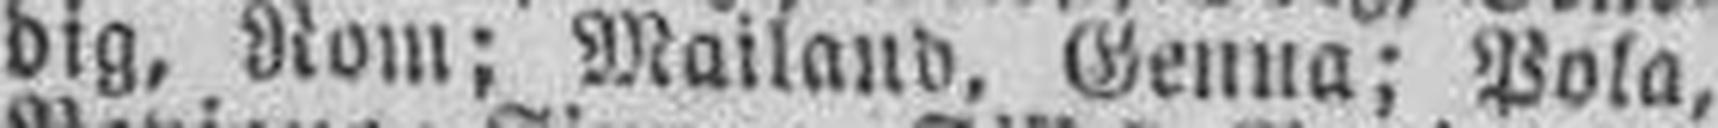
dig, Rom; Mailand, Genna; Pola,